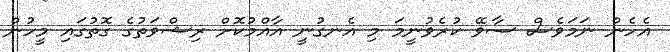
އެހެން ނަމަވެސް ސާވޭ ކުރެވުނީމަ މި އެނގުނީ އާއްމުކޮށް ރިޝްވަތުގެ ގޮތުގައި މީހުން